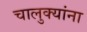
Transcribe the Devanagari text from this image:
चालुक्यांना